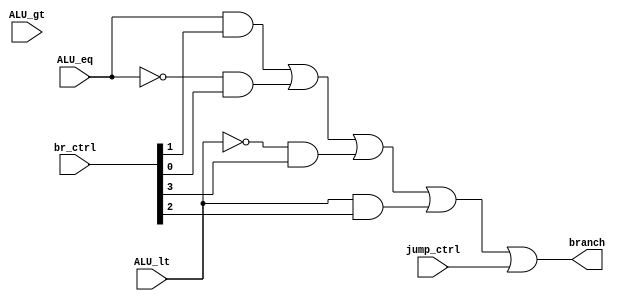
`timescale 1ns / 1ps
module branch_jump_detector (
    input ALU_eq,
    input ALU_lt,
    input ALU_gt,
    input	[3:0]	br_ctrl,// br_ctrl [3:0] {branch_greater,branch_less, branch_eq, branch_neq}
    input jump_ctrl,
    output branch
);
    wire br_eq, br_neq, br_lt, br_gt;
    assign {br_gt, br_lt, br_eq, br_neq} = br_ctrl;
    assign branch = (ALU_eq & br_eq) | (~ALU_eq & br_neq) | (~ALU_lt & br_gt) | (ALU_lt & br_lt) | jump_ctrl;

endmodule //branch_jump_detector